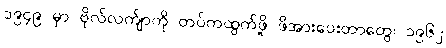
၁၉၄၉ မှာ ဗိုလ်လက်ျာကို တပ်ကထွက်ဖို့ ဖိအားပေးတာတွေ၊ ၁၉၆၂